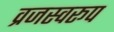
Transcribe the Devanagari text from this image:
व्रजस्वरूप